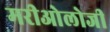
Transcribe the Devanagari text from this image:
मरीओलोजी